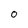
Character: O